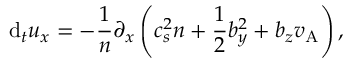
\mathrm { d } _ { t } u _ { x } = - \frac { 1 } { n } \partial _ { x } \left( c _ { s } ^ { 2 } n + \frac { 1 } { 2 } b _ { y } ^ { 2 } + b _ { z } v _ { \mathrm { A } } \right) ,